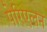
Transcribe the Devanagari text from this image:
पेरिएलन